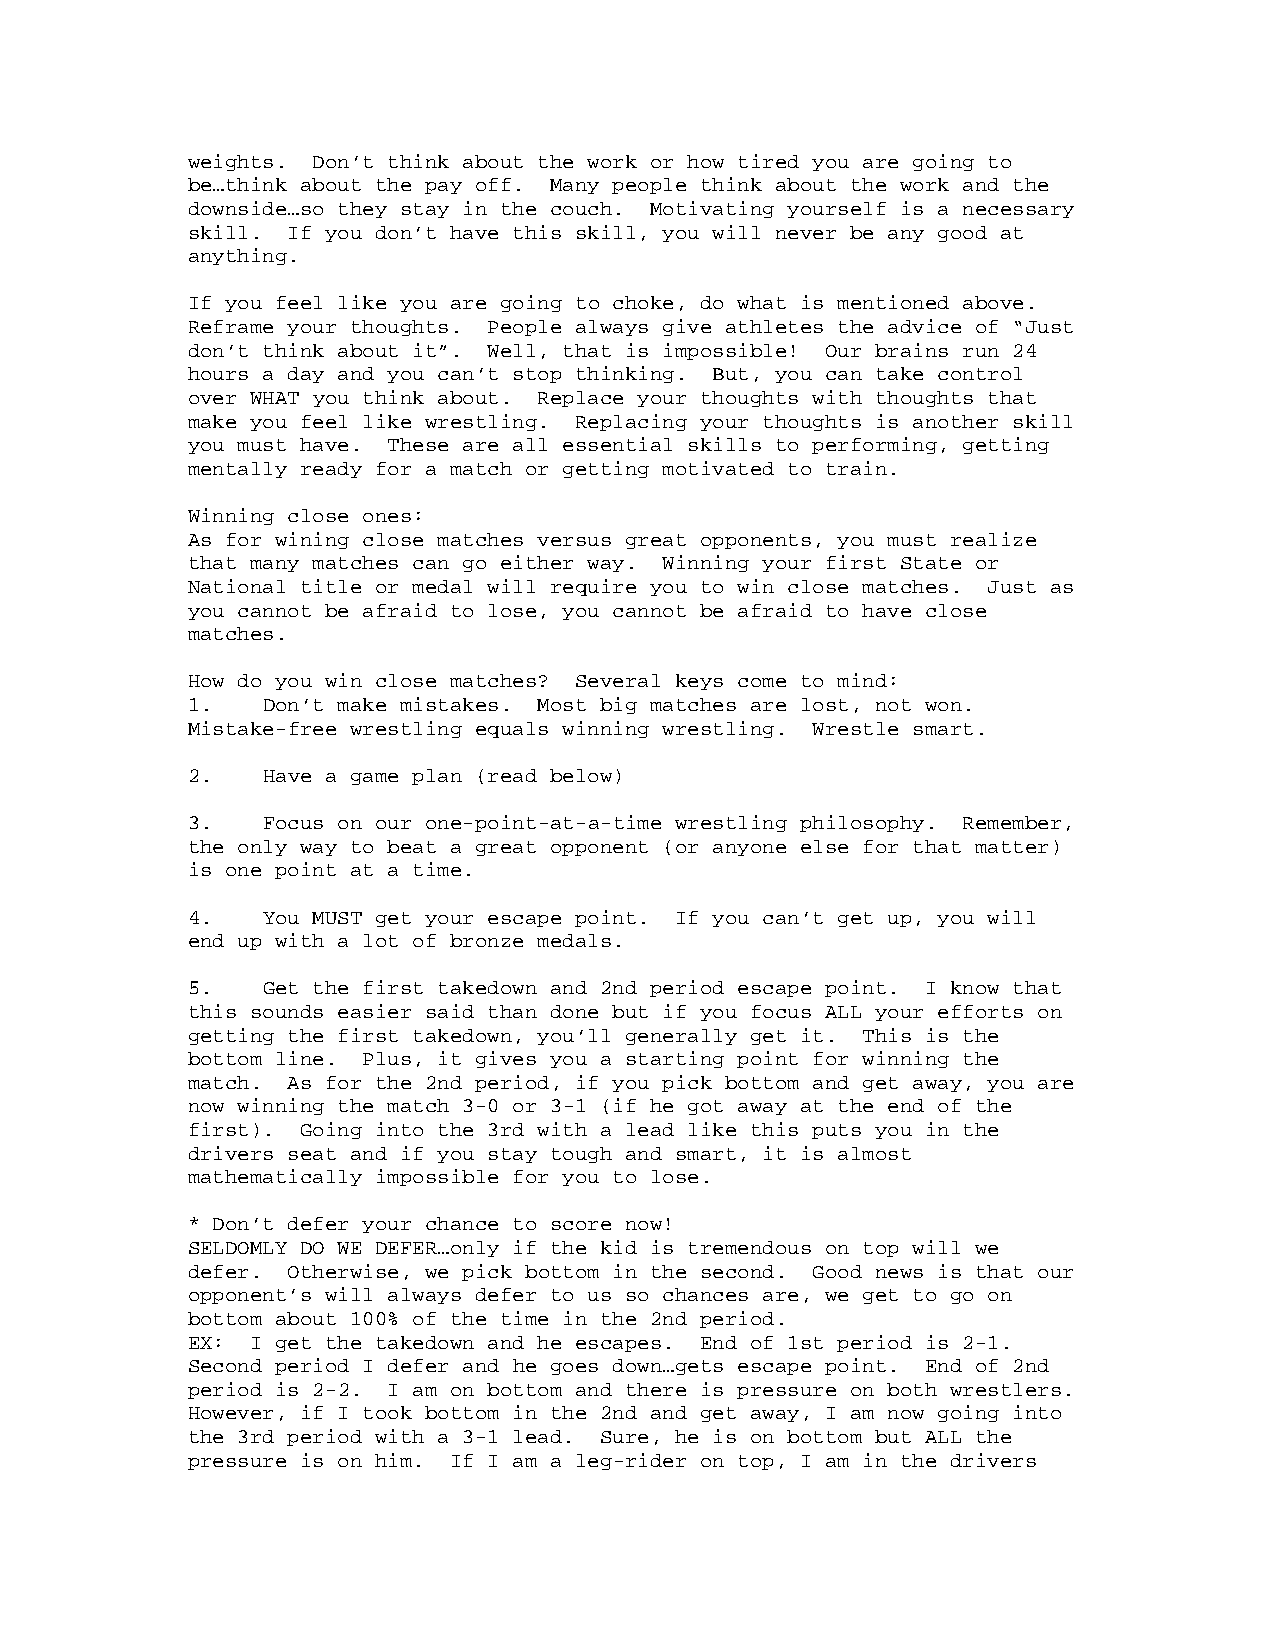
weights. Don’t think about the work or how tired you are going to
 be…think about the pay off. Many people think about the work and the
 downside…so they stay in the couch. Motivating yourself is a necessary
 skill. If you don’t have this skill, you will never be any good at
 anything.
 If you feel like you are going to choke, do what is mentioned above.
 Reframe your thoughts. People always give athletes the advice of “Just
 don’t think about it”. Well, that is impossible! Our brains run 24
 hours a day and you can’t stop thinking. But, you can take control
 over WHAT you think about. Replace your thoughts with thoughts that
 make you feel like wrestling. Replacing your thoughts is another skill
 you must have. These are all essential skills to performing, getting
 mentally ready for a match or getting motivated to train.
 Winning close ones:
 As for wining close matches versus great opponents, you must realize
 that many matches can go either way. Winning your first State or
 National title or medal will require you to win close matches. Just as
 you cannot be afraid to lose, you cannot be afraid to have close
 matches.
 How do you win close matches? Several keys come to mind:
 1.   Don’t make mistakes. Most big matches are lost, not won.
 Mistake-free wrestling equals winning wrestling. Wrestle smart.
 2.   Have a game plan (read below)
 3.   Focus on our one-point-at-a-time wrestling philosophy. Remember,
 the only way to beat a great opponent (or anyone else for that matter)
 is one point at a time.
 4.   You MUST get your escape point. If you can’t get up, you will
 end up with a lot of bronze medals.
 5.   Get the first takedown and 2nd period escape point. I know that
 this sounds easier said than done but if you focus ALL your efforts on
 getting the first takedown, you’ll generally get it. This is the
 bottom line. Plus, it gives you a starting point for winning the
 match. As for the 2nd period, if you pick bottom and get away, you are
 now winning the match 3-0 or 3-1 (if he got away at the end of the
 first). Going into the 3rd with a lead like this puts you in the
 drivers seat and if you stay tough and smart, it is almost
 mathematically impossible for you to lose.
 * Don’t defer your chance to score now!
 SELDOMLY DO WE DEFER…only if the kid is tremendous on top will we
 defer. Otherwise, we pick bottom in the second. Good news is that our
 opponent’s will always defer to us so chances are, we get to go on
 bottom about 100% of the time in the 2nd period.
 EX:  I get the takedown and he escapes. End of 1st period is 2-1.
 Second period I defer and he goes down…gets escape point. End of 2nd
 period is 2-2. I am on bottom and there is pressure on both wrestlers.
 However, if I took bottom in the 2nd and get away, I am now going into
 the 3rd period with a 3-1 lead. Sure, he is on bottom but ALL the
 pressure is on him. If I am a leg-rider on top, I am in the drivers